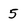
Character: 5